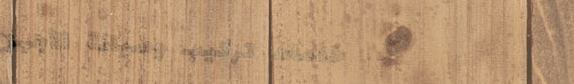
خدمات تركيب وصيانة الأجهز